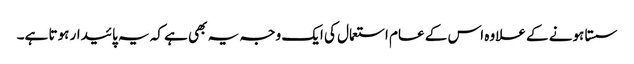
سستا ہونے کے علاوہ اس کے عام استعمال کی ایک وجہ یہ بھی ہے کہ یہ پائیدار ہوتا ہے۔